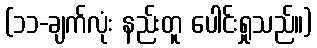
(၁၁-ချက်လုံး နည်းတူ ပေါင်းရှုသည်။)